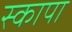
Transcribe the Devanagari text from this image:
स्कापा